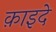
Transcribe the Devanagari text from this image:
क़ाइदे